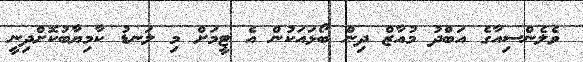
ވެލެންސިއާގެ އަބްދު މުއާޒް ދިން ބޯޅައަކުން އެ ޓީމަށް މި ލަނޑު ކާމިޔާބުކޮށްދިނީ